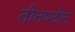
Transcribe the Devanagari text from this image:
तीनपटीनं